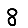
Digit: 8